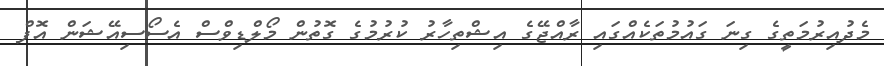
މެދުއިރުމަތީގެ ގިނަ ގައުމުތަކެއްގައި ރާއްޖޭގެ އިޝްތިހާރު ކުރުމުގެ ގޮތުން މޯލްޑިވްސް އެސޯސިއޭޝަން އޮފް